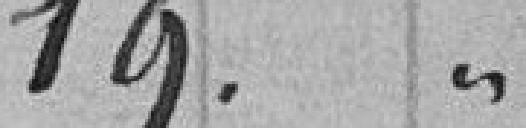
19